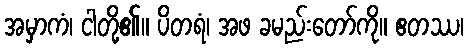
အမှာကံ၊ ငါတို့၏။ ပိတရံ၊ အဖ ခမည်းတော်ကို။ ဧတဿ၊